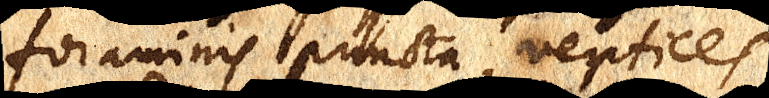
foraminis puncta, vertices